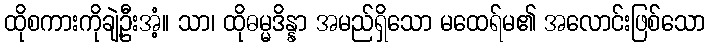
ထိုစကားကိုချဲ့ဦးအံ့။ သာ၊ ထိုဓမ္မဒိန္နာ အမည်ရှိသော မထေရ်မ၏ အလောင်းဖြစ်သော